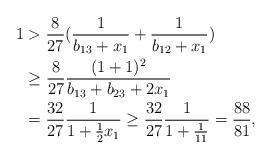
LaTeX: \begin{align*}1&>\frac{8}{27}(\frac{1}{b_{13}+x_1}+\frac{1}{b_{12}+x_1})\\&\ge \frac{8}{27}\frac{(1+1)^2}{b_{13}+b_{23}+2x_1}\\&=\frac{32}{27}\frac{1}{1+\frac{1}{2}x_1} \ge \frac{32}{27}\frac{1}{1+\frac{1}{11}}=\frac{88}{81},\end{align*}